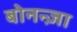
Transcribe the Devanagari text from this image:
बोनन्ज़ा